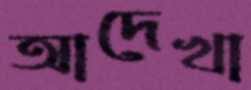
আদেখা